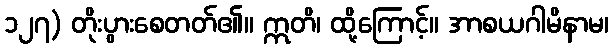
၁၂၇) တိုးပွားစေတတ်၏။ ဣတိ၊ ထို့ကြောင့်။ အာစယဂါမိနာမ၊